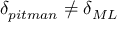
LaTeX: \delta _ { p i t m a n } \neq \delta _ { M L }